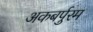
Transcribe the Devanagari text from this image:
अकबर्पुरम